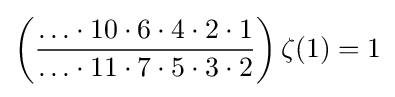
\left({\frac {\ldots \cdot 10\cdot 6\cdot 4\cdot 2\cdot 1}{\ldots \cdot 11\cdot 7\cdot 5\cdot 3\cdot 2}}\right)\zeta (1)=1